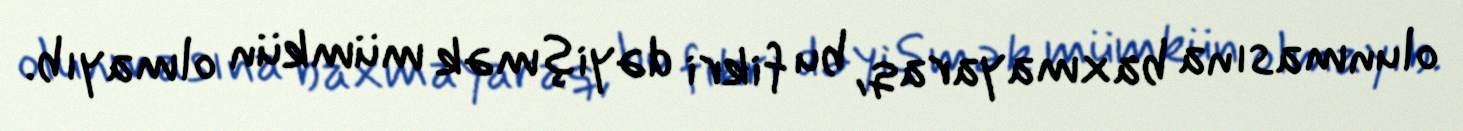
olunmasına baxmayaraq, bu fikri dəyişmək mümkün olmayıb.